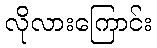
လိုလားကြောင်း